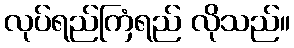
လုပ်ရည်ကြံရည် လိုသည်။